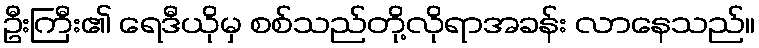
ဦးကြီး၏ ရေဒီယိုမှ စစ်သည်တို့လိုရာအခန်း လာနေသည်။